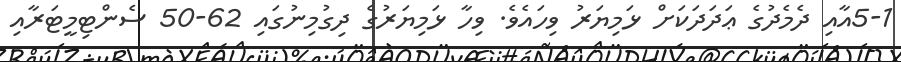
5-1އާއި ދެމެދުގެ ޢަދަދަކަށް ޅަމިޔަރު ވިހައެވެ. ވިހާ ޅަމިޔަރުގެ ދިގުމިނުގައި 62-50 ސެންޓިމީޓަރާއި